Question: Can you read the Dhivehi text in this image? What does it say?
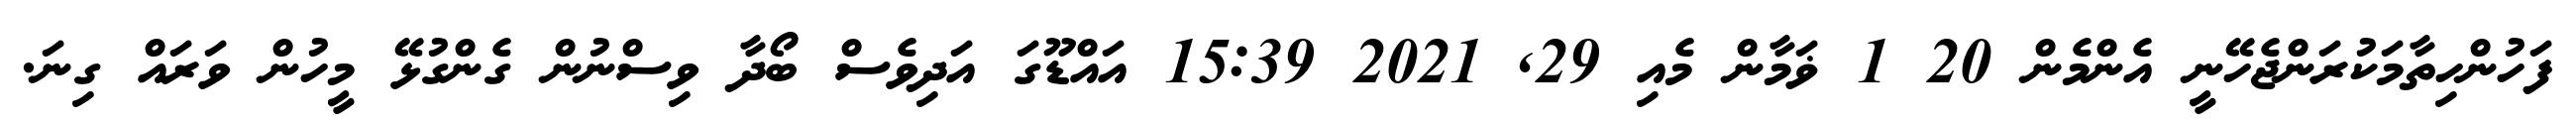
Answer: ފަހުންހިތާމަކުރަންޖެހޭނީ އެންމެން 20 1 ޥަމާން މެއި 29, 2021 15:39 އައްޑޫގަ އަދިވެސް ބޯދާ ވިސްނުން ގެންގުޅޭ މީހުން ވަރައް ގިނަ.